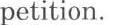
petition.